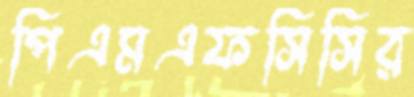
পিএমএফসিসির